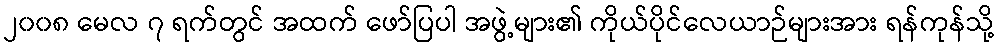
၂၀၀၈ မေလ ၇ ရက်တွင် အထက် ဖော်ပြပါ အဖွဲ့များ၏ ကိုယ်ပိုင်လေယာဉ်များအား ရန်ကုန်သို့